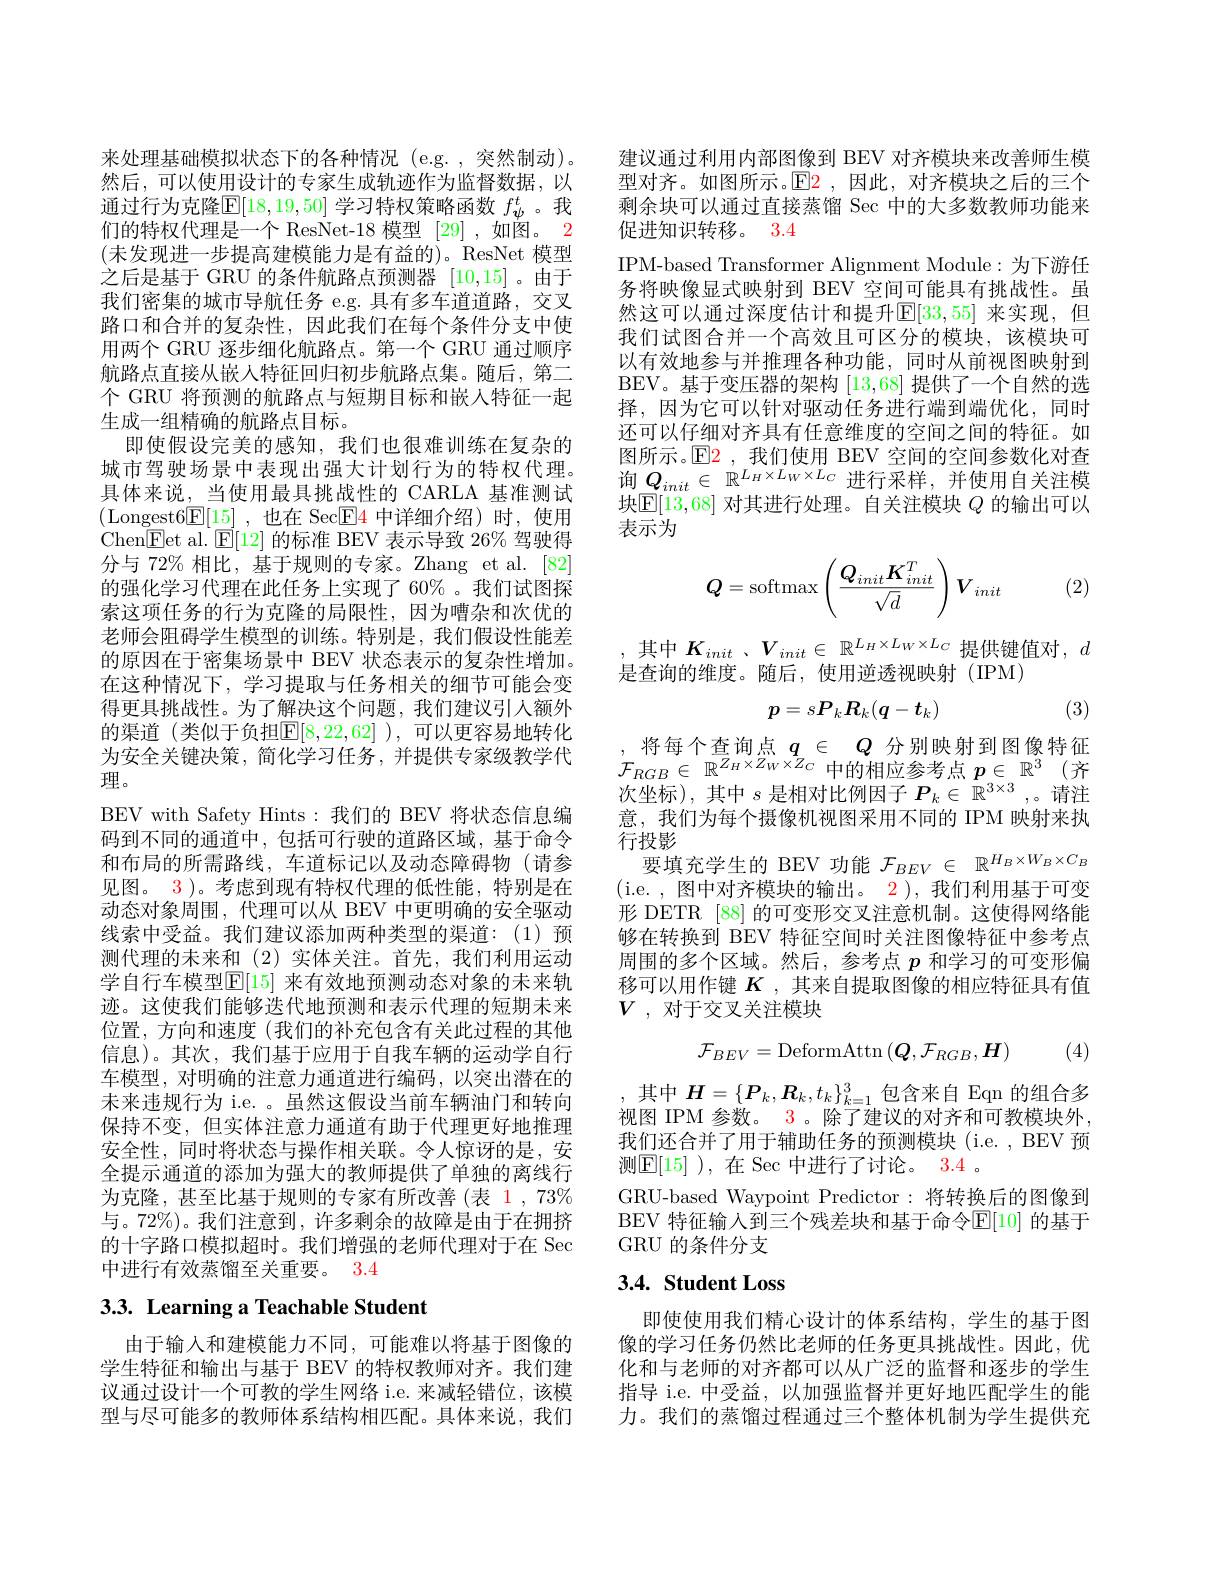
来处理基础模拟状态下的各种情况 (e.g. , 突然制动)。然后，可以使用设计的专家生成轨迹作为监督数据，以通过行为克隆$\mathbb{E}[18,19,50]$ 学习特权策略函数 $f_\psi^t$。我们的特权代理是一个 ResNet-18 模型 [29] ,如图。2 (未发现进一步提高建模能力是有益的)。ResNet 模型之后是基于 GRU 的条件航路点预测器[10,15]。由于我们密集的城市导航任务 e.g. 具有多车道道路，交叉路口和合并的复杂性，因此我们在每个条件分支中使用两个 GRU 逐步细化航路点。第一个 GRU 通过顺序航路点直接从嵌入特征回归初步航路点集。随后，第二个 GRU 将预测的航路点与短期目标和嵌人特征一起生成一组精确的航路点目标。
即使假设完美的感知，我们也很难训练在复杂的城市驾驶场景中表现出强大计划行为的特权代理。具体来说，当使用最具挑战性的 CARLA 基准测试(Longest$6\underline{\mathrm{E}}[15]$,也在 Sec$\underline{\mathrm{E}}\color{red}{4}$中详细介绍)时，使用Chen$\boxed{\mathrm{F}}$et al. $\boxed{\mathrm{E}}[12]$的标准 BEV 表示导致 26% 驾驶得分与 72% 相比，基于规则的专家。Zhang et al.[82] 的强化学习代理在此任务上实现了 60% 。我们试图探索这项任务的行为克隆的局限性，因为嘈杂和次优的老师会阻碍学生模型的训练。特别是，我们假设性能差的原因在于密集场景中 BEV 状态表示的复杂性增加。在这种情况下，学习提取与任务相关的细节可能会变得更具挑战性。为了解决这个问题，我们建议引人额外的渠道 (类似于负担$\mathbb{E}[8,22,62]$ ),可以更容易地转化为安全关键决策，简化学习任务，并提供专家级教学代理。
BEV with Safety Hints:我们的 BEV 将状态信息编码到不同的通道中，包括可行驶的道路区域，基于命令和布局的所需路线，车道标记以及动态障碍物(请参见图。3 )。考虑到现有特权代理的低性能，特别是在动态对象周围，代理可以从 BEV 中更明确的安全驱动线索中受益。我们建议添加两种类型的渠道：(1)预测代理的未来和 (2)实体关注。首先，我们利用运动学自行车模型$\mathbb{E}[15]$ 来有效地预测动态对象的未来轨迹。这使我们能够迭代地预测和表示代理的短期末来位置，方向和速度(我们的补充包含有关此过程的其他信息)。其次，我们基于应用于自我车辆的运动学自行车模型，对明确的注意力通道进行编码，以突出潜在的未来违规行为 i.e. 。虽然这假设当前车辆油门和转向保持不变，但实体注意力通道有助于代理更好地推理安全性，同时将状态与操作相关联。令人惊讶的是，安全提示通道的添加为强大的教师提供了单独的离线行为克隆，甚至比基于规则的专家有所改善(表 1, 73% 与。72%)。我们注意到，许多剩余的故障是由于在拥挤的十字路口模拟超时。我们增强的老师代理对于在 Sec 中进行有效蒸馏至关重要。3.4

# 3.3. Learning a Teachable Student

由于输入和建模能力不同，可能难以将基于图像的学生特征和输出与基于 BEV 的特权教师对齐。我们建议通过设计一个可教的学生网络 i.e. 来减轻错位，该模型与尽可能多的教师体系结构相匹配。具体来说，我们

建议通过利用内部图像到 BEV 对齐模块来改善师生模型对齐。如图所示。$\color{red}{\mathrm{E2}}$,因此，对齐模块之后的三个剩余块可以通过直接蒸馏 Sec 中的大多数教师功能来促进知识转移。3.4
IPM-based Transformer Alignment Module: 为下游任务将映像显式映射到 BEV 空间可能具有挑战性。虽然这可以通过深度估计和提升$\mathbb{E}[33,55]$ 来实现，但我们试图合并一个高效且可区分的模块，该模块可以有效地参与并推理各种功能，同时从前视图映射到BEV。基于变压器的架构[13,68]提供了一个自然的选择，因为它可以针对驱动任务进行端到端优化，同时还可以仔细对齐具有任意维度的空间之间的特征。如图所示。$\operatorname{E2}$ ,我们使用 BEV 空间的空间参数化对查询$Q_{init}\in\mathbb{R}^{L_H\times L_W\times L_C}$进行采样，并使用自关注模块$\mathbb{E}[13,68]$对其进行处理。自关注模块$Q$的输出可以表示为
$$\boldsymbol Q=\mathrm{softmax}\left(\frac{Q_{init}\boldsymbol K_{init}^T}{\sqrt{d}}\right)\boldsymbol V_{init}$$
(2)

,其中$K_init$ $、 V_{init}\in$ $\mathbb{R} ^{L_H\times L_W\times L_C}$提供键值对$,d$
是查询的维度。随后，使用逆透视映射(IPM)
$$p=sP_kR_k(\boldsymbol{q}-\boldsymbol{t}_k)$$
(3)

,将每个查询点$q\in Q$ 分别映射到图像特征$\mathcal{F}_{RGB}\in\mathbb{R}^{Z_H\times Z_W\times Z_C}$中的相应参考点$p\in\mathbb{R}^3$(齐次坐标),其中$s$是相对比例因子$P_k\in\mathbb{R}^{3\times3}$,。请注意，我们为每个摄像机视图采用不同的 IPM 映射来执行投影
要填充学生的 BEV 功能$\mathcal{F}_BEV\in\mathbb{R}^{H_B\times W_B\times C_B}$ ( i. e. , 图 中 对 齐 模 块 的 输 出 。2 ) , 我 们 利 用 基 于 可 变 形 DETR [88] 的可变形交叉注意机制。这使得网络能够在转换到 BEV 特征空间时关注图像特征中参考点周围的多个区域。然后，参考点$p$和学习的可变形偏移可以用作键$K$ ,其来自提取图像的相应特征具有值$V$ , 对于交叉关注模块
$$\mathcal{F}_{BEV}=\mathrm{DeformAttn}\left(\boldsymbol{Q},\mathcal{F}_{RGB},\boldsymbol{H}\right)$$
(4)

,其中$H=\{\boldsymbol{P}_k,\boldsymbol{R}_k,t_k\}_{k=1}^3$包含来自 Eqn 的组合多视图 IPM 参数。3。除了建议的对齐和可教模块外， 我们还合并了用于辅助任务的预测模块(i.e.,BEV 预测$\boxed{\mathrm{E}[15]}$ ),在 Sec 中进行了讨论。3.4 。
GRU-based Waypoint Predictor:将转换后的图像到BEV 特征输入到三个残差块和基于命令$\mathbb{E}[10]$ 的基于GRU 的条件分支

## 3.4. Student Loss

即使使用我们精心设计的体系结构，学生的基于图像的学习任务仍然比老师的任务更具挑战性。因此，优化和与老师的对齐都可以从广泛的监督和逐步的学生指导 i.e. 中受益，以加强监督并更好地匹配学生的能力。我们的蒸馏过程通过三个整体机制为学生提供充